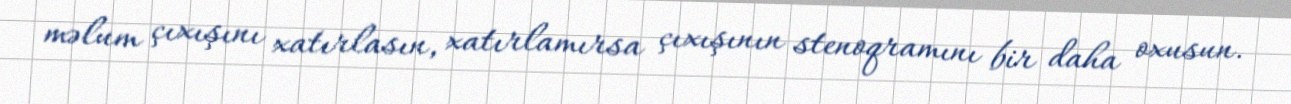
məlum çıxışını xatırlasın, xatırlamırsa çıxışının stenoqramını bir daha oxusun.